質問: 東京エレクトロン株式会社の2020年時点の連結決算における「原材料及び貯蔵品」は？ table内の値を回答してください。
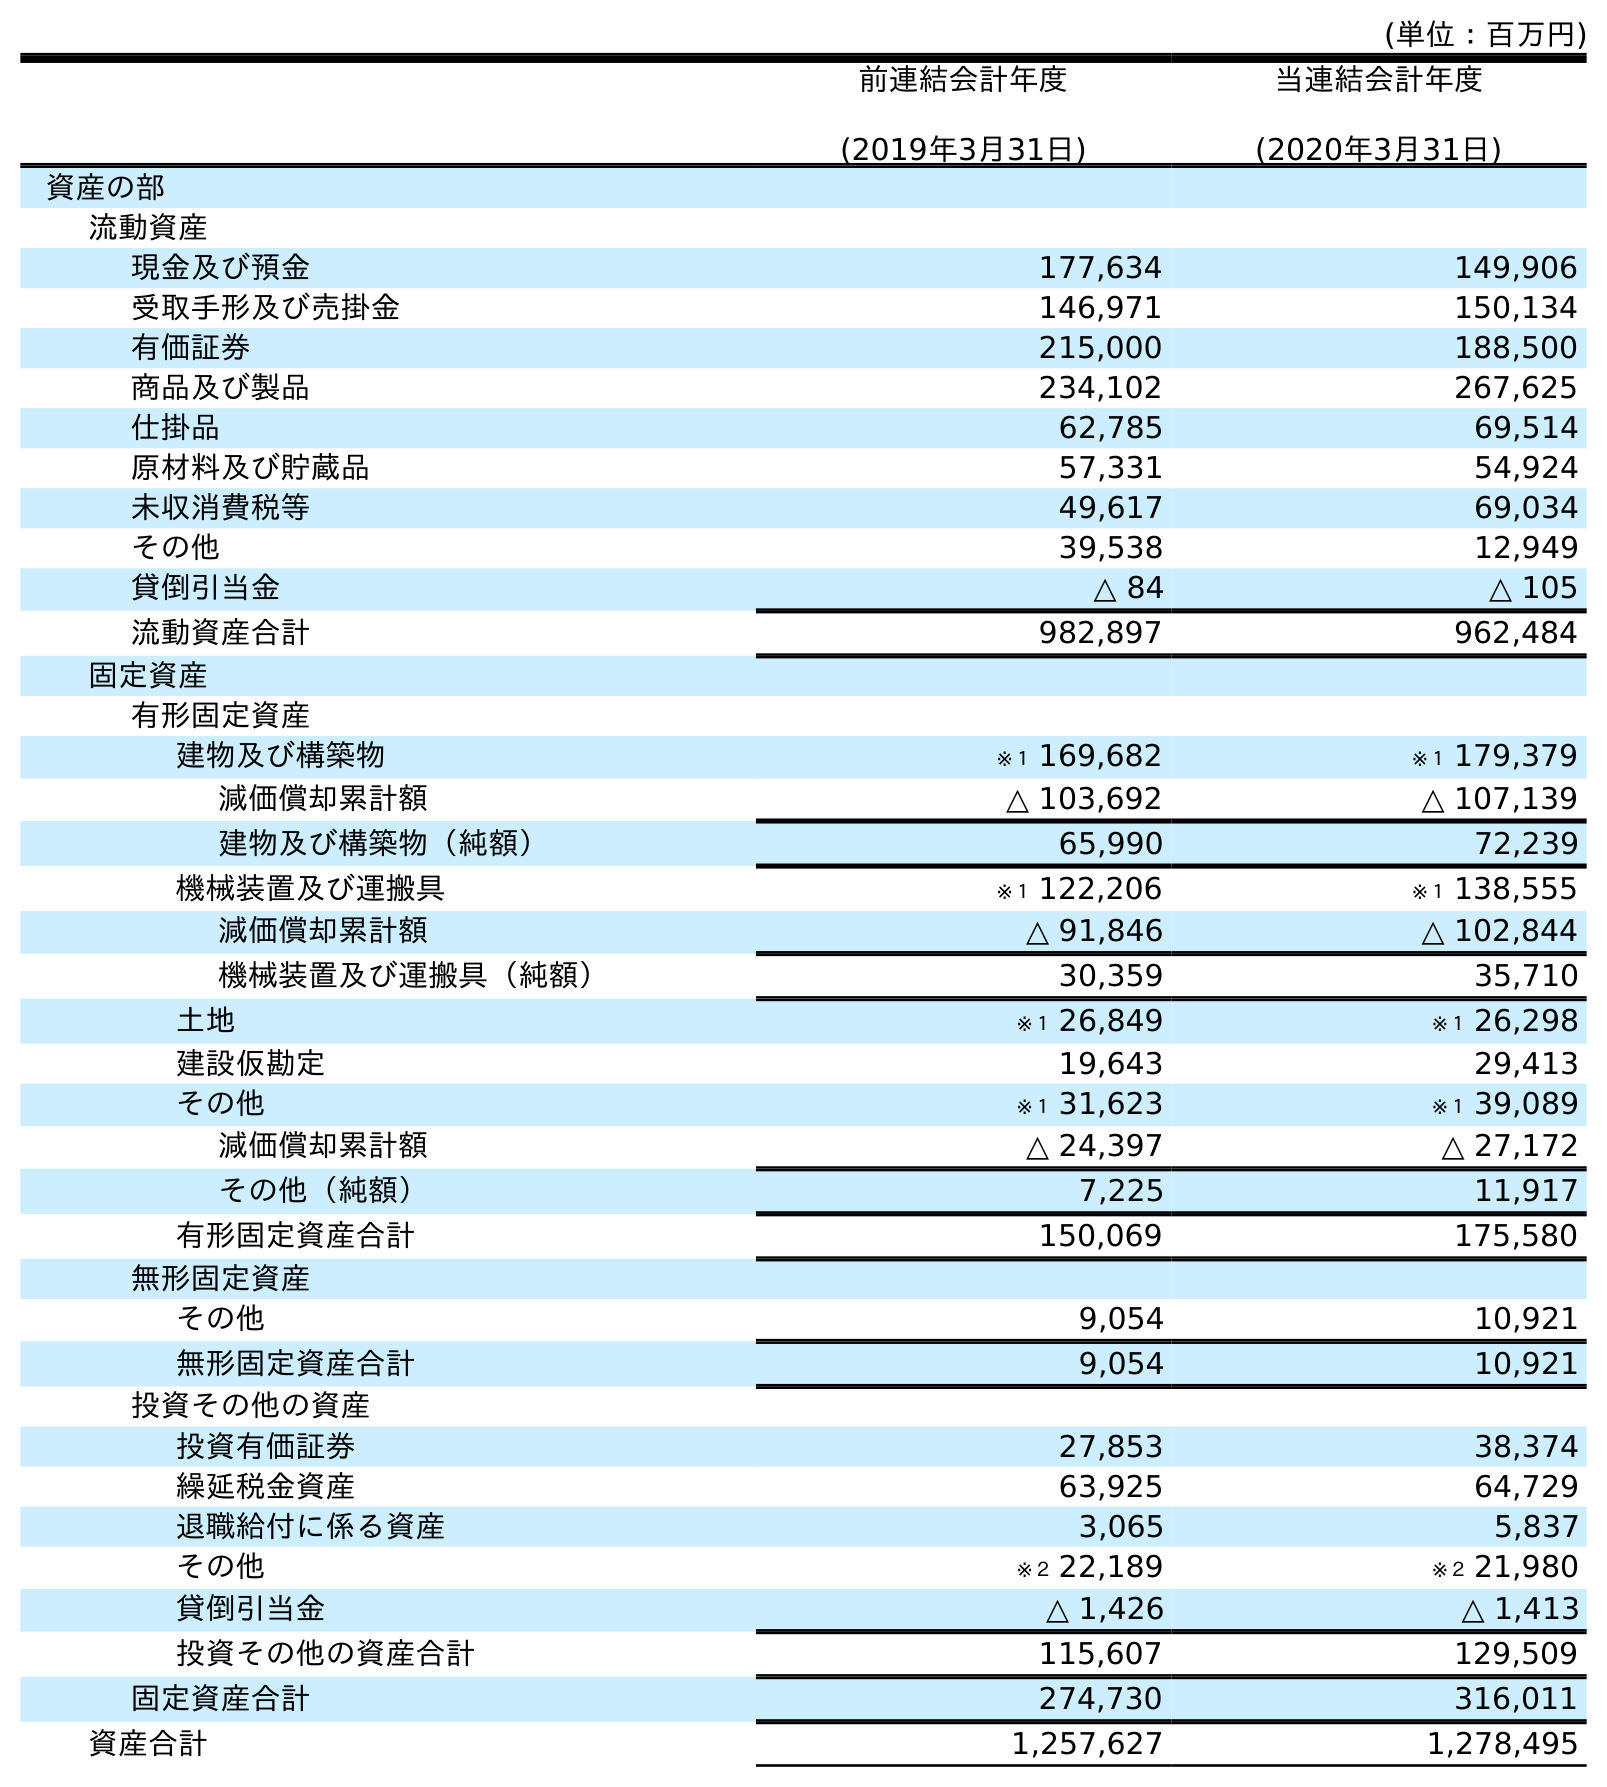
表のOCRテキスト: (単位：百万円) 前連結会計年度 (2019年3月31日) 当連結会計年度 (2020年3月31日) 資産の部 流動資産 現金及び預金 177,634 149,906 受取手形及び売掛金 146,971 150,134 有価証券 215,000 188,500 商品及び製品 234,102 267,625 仕掛品 62,785 69,514 原材料及び貯蔵品 57,331 54,924 未収消費税等 49,617 69,034 その他 39,538 12,949 貸倒引当金 △ 84 △ 105 流動資産合計 982,897 962,484 固定資産 有形固定資産 建物及び構築物 ※１ 169,682 ※１ 179,379 減価償却累計額 △ 103,692 △ 107,139 建物及び構築物（純額） 65,990 72,239 機械装置及び運搬具 ※１ 122,206 ※１ 138,555 減価償却累計額 △ 91,846 △ 102,844 機械装置及び運搬具（純額） 30,359 35,710 土地 ※１ 26,849 ※１ 26,298 建設仮勘定 19,643 29,413 その他 ※１ 31,623 ※１ 39,089 減価償却累計額 △ 24,397 △ 27,172 その他（純額） 7,225 11,917 有形固定資産合計 150,069 175,580 無形固定資産 その他 9,054 10,921 無形固定資産合計 9,054 10,921 投資その他の資産 投資有価証券 27,853 38,374 繰延税金資産 63,925 64,729 退職給付に係る資産 3,065 5,837 その他 ※２ 22,189 ※２ 21,980 貸倒引当金 △ 1,426 △ 1,413 投資その他の資産合計 115,607 129,509 固定資産合計 274,730 316,011 資産合計 1,257,627 1,278,495
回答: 54,924